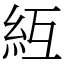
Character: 䊺